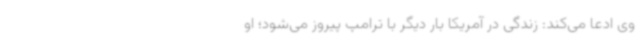
وی ادعا می‌کند: زندگی در آمریکا بار دیگر با ترامپ پیروز می‌شود؛ او